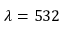
\lambda = 5 3 2